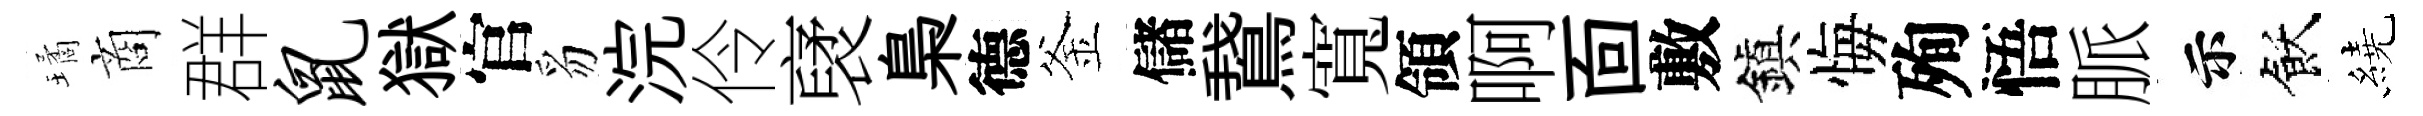
璚商群鼠獄官豸浣伶裦梟德釜儲鵞寬領啊靣敷鎭悔殉悟脈示飫繞